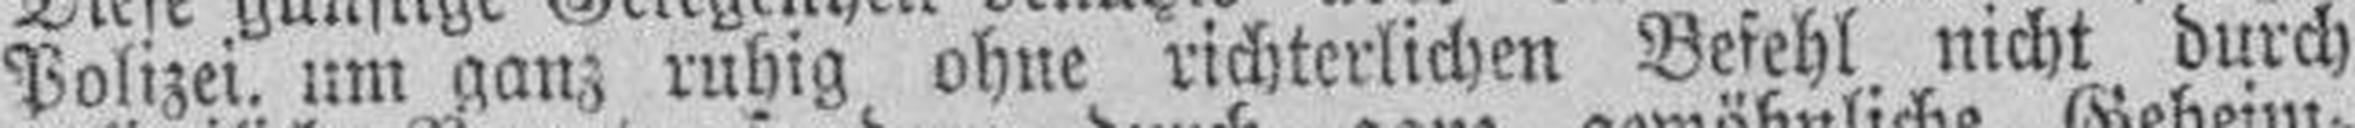
Polizei. um ganz ruhig ohne richterlichen Befehl nicht durch